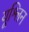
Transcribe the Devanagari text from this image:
यूश्लिन